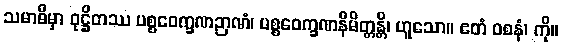
သမာဓိမှာ ဝုဋ္ဌိတဿ ပစ္စဝေက္ခဏဉာဏံ၊ ပစ္စဝေက္ခဏနိမိတ္တန္တိ၊ ဟူသော။ ဧတံ ဝစနံ၊ ကို။